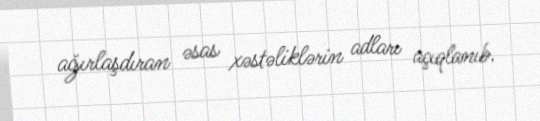
ağırlaşdıran əsas xəstəliklərin adları açıqlanıb.